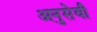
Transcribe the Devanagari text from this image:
अनुसेवी